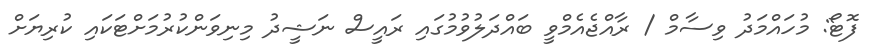
ފޮޓޯ: މުހައްމަދު ވިސާމް / ރާއްޖެއެމްވީ ބައްދަލުވުމުގައި ރައީސް ނަޝީދު މިނިވަންކުރުމަށްޓަކައި ކުރިޔަށް